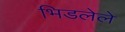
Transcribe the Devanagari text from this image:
भिडलेले